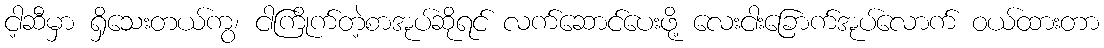
ငါ့ဆီမှာ ရှိသေးတယ်ကွ၊ ငါကြိုက်တဲ့စာအုပ်ဆိုရင် လက်ဆောင်ပေးဖို့ လေးငါးခြောက်အုပ်လောက် ဝယ်ထားတာ